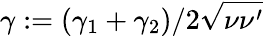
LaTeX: \gamma:=(\gamma_{1}+\gamma_{2})/2\sqrt{\nu\nu^{\prime}}